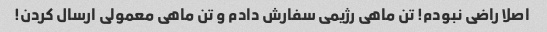
اصلا راضی نبودم! تن ماهی رژیمی سفارش دادم و تن ماهی معمولی ارسال کردن!